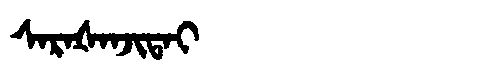
Manchu: ᠰᠠᡵᠠᡧᠠᠨᠵᡳᡨᠠᡳ
Romanization: SARAŠANJITAI